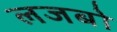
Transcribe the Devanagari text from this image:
लजबो